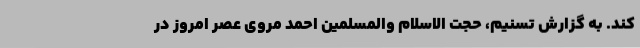
کند. به گزارش تسنیم، حجت الاسلام والمسلمین احمد مروی عصر امروز در